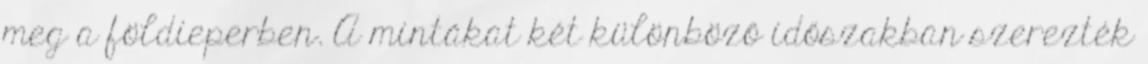
meg a földieperben. A mintákat két különböző időszakban szerezték